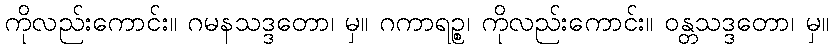
ကိုလည်းကောင်း။ ဂမနသဒ္ဒတော၊ မှ။ ဂကာရဉ္စ၊ ကိုလည်းကောင်း။ ဝန္တသဒ္ဒတော၊ မှ။